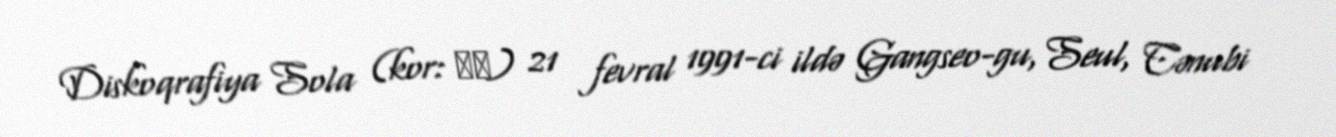
Diskoqrafiya Sola (kor: 솔라) 21 fevral 1991-ci ildə Gangseo-gu, Seul, Cənubi